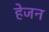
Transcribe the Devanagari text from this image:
हेजन